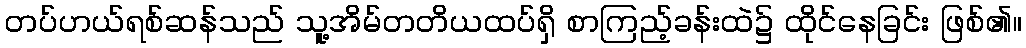
တပ်ဟယ်ရစ်ဆန်သည် သူ့အိမ်တတိယထပ်ရှိ စာကြည့်ခန်းထဲ၌ ထိုင်နေခြင်း ဖြစ်၏။